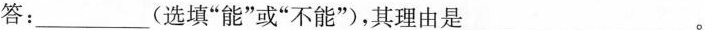
答：___(选填“能”或“不能”)，其理由是___。